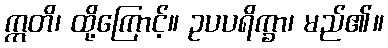
ဣတိ၊ ထို့ကြောင့်။ ဥပပရိက္ခာ၊ မည်၏။